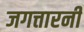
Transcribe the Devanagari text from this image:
जगत्तारनी